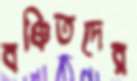
বঞ্চিতদের